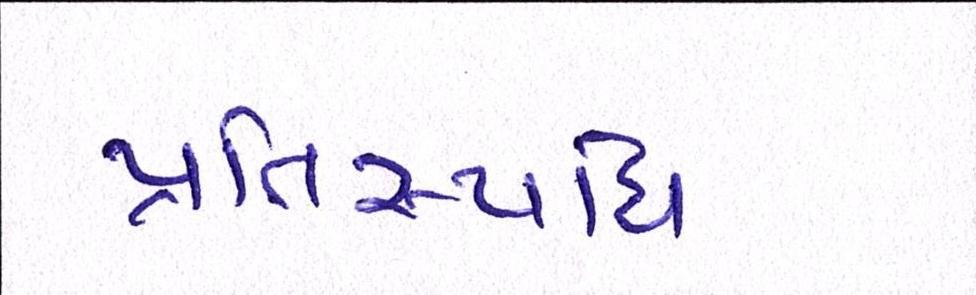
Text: પ્રતિસ્પધિ